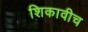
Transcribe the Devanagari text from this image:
शिकावीच